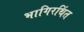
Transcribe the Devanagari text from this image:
भागिरथिंत